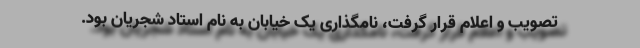
تصویب و اعلام قرار گرفت، نامگذاری یک خیابان به نام استاد شجریان بود.